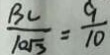
\frac { B C } { 1 0 \sqrt { 3 } } = \frac { 9 } { 1 0 }